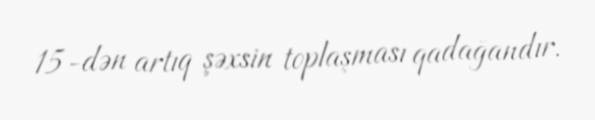
15-dən artıq şəxsin toplaşması qadağandır.